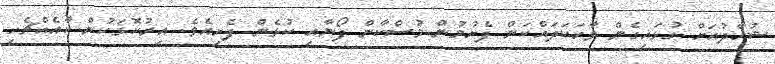
ޝުހާދުއަށް ގުޅައިގެން ވާހަކަދައްކަން ފެށުމުން މުސްކާން ފޯނާއި ކުޅެން ފެށިއެވެ. އިރުކޮޅަކުން ކާއެއްޗެހި